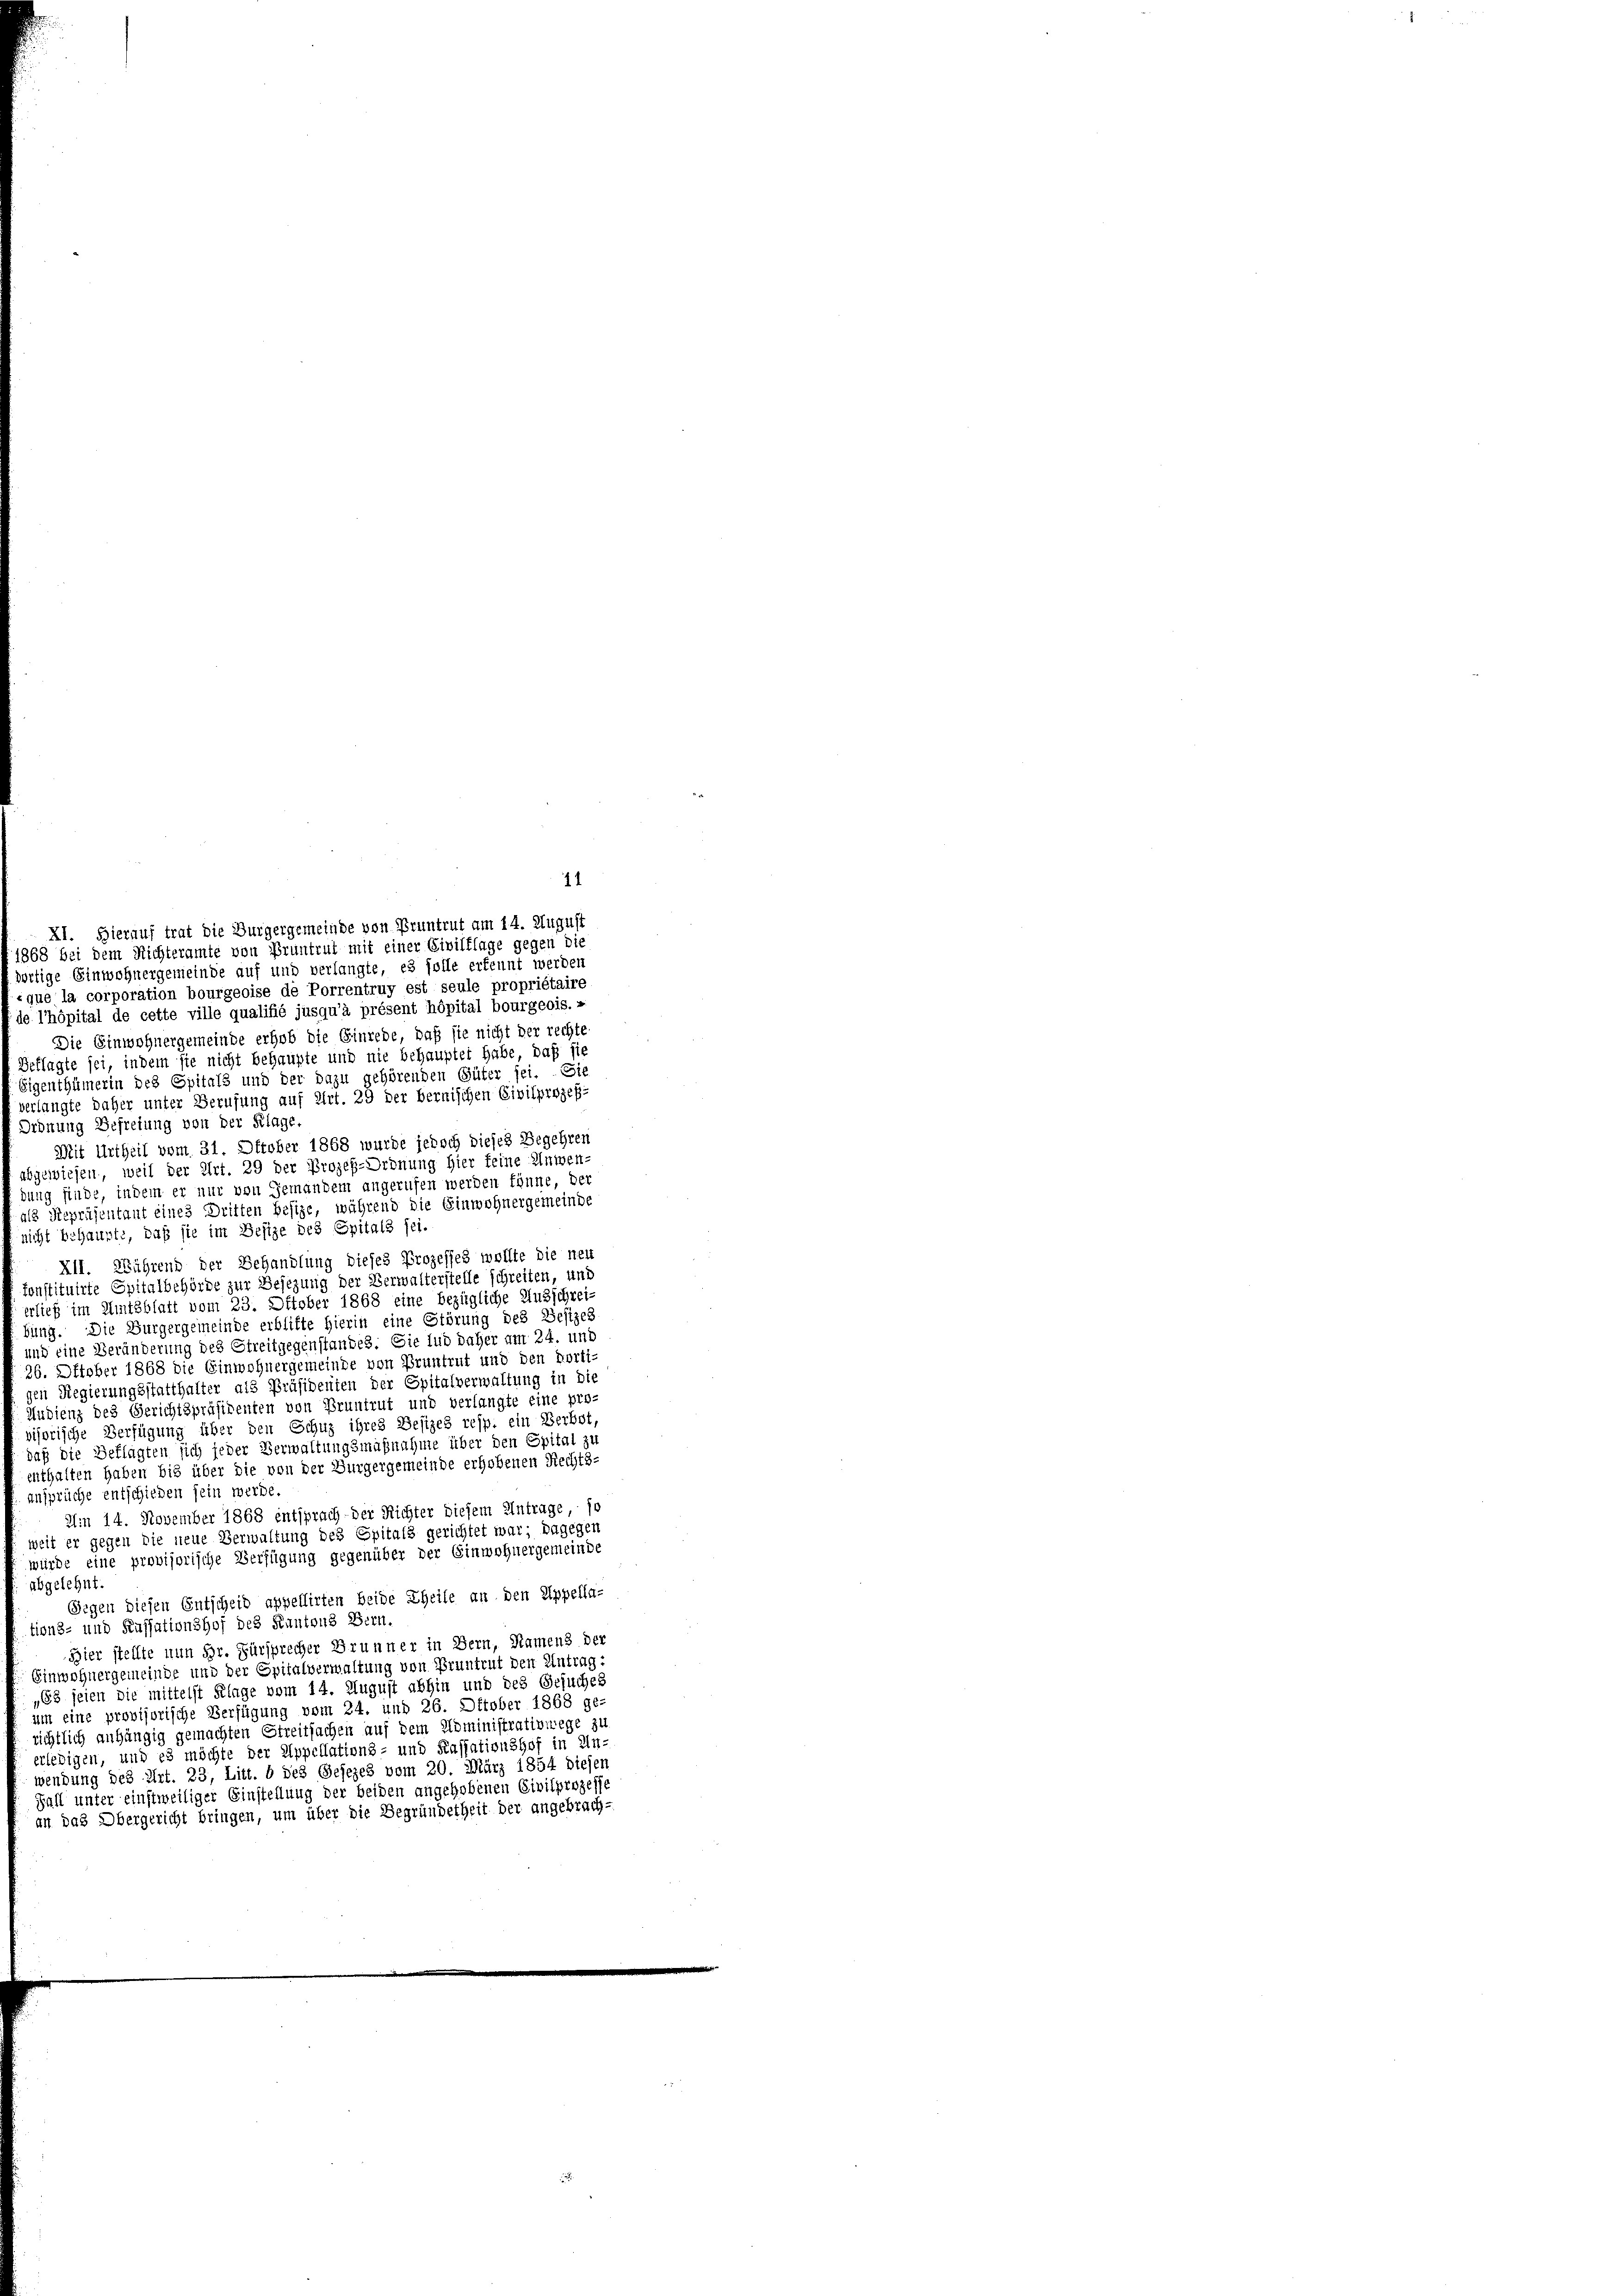
abgelehnt

XI. Hierauf trat die Burgergemeinde von Pruntrut am 14. August
868 bei dem Richteramte von Pruntrut mit einer Civilklage gegen die
ortige Einwohnergemeinde auf und verlangte, es solle erkennt werden
«que la corporation bourgeoise de Porrentruy est seule propriétaire
de l’hôpital de cette ville qualifié jusqu’à présent hôpital bourgeois.«
Die Einwohnergemeinde erhob die Einrede, daß sie nicht der rechte
Beklagte sei, indem sie nicht behaupte und nie behauptet habe, daß sie
Eigenthümerin des Spitals und der dazu gehörenden Güter sei. Sie
verlangte daher unter Berufung auf Art. 29 der bernischen Civilprozeß-
Ordnung Befreiung von der Klage
Mit Urtheil vom 31. Oktober 1868 wurde jedoch dieses Begehren
abgewiesen, weil der Art. 29 der Prozeß-Ordnung hier feine Anwen-
dung finde, indem er nur von Gemandem angerufen werden könne, der
als Repräsentant eines Dritten besize, während die Einwohnergemeinde
nicht behaupte, daß sie im Besize des Spitals sei.
XII. Während der Behandlung dieses Prozesses wollte die neu
konstituirte Spitalbehörde zur Besezung der Verwalterstelle schreiten, und
erlief im Amtsblatt vom 23. Oktober 1868 eine bezügliche Ausschrei
bung. Die Burgergemeinde erblifte Hierin eine Störung des Besizes
und eine Veränderung des Streitgegenstandes. Sie lud daher am 24. und
26. Oktober 1868 die Einwohnergemeinde von Pruntrut und den Horti-
gen Regierungsstatthalter als Präsidenten der Spitalverwaltung in die
Audienz des Gerichtspräsidenten von Bruntrut und verlangte eine pro-
visorische Verfügung über den Schuz ihres Besizes resp. ein Verbot,
daß die Beklagten sich jeder Verwaltungsmaßnahme über den Spital zu
enthalten haben bis über die von der Burgergemeinde erhobenen Rechts-
ansprüche entschieden sein werde.
Ain 14. November 1868 entsprach - der Richter diesem Antrage, so
weit er gegen die neue Verwaltung des Spitals gerichtet war; dagegen
würde eine provisorische Verfügung gegenüber der Einwohnergemeinde
Gegen diesen Entscheid appellirten beide Theile an den Appella-
tions- und Kassationshof des Kantons Bern.
Hier stellte nun Sr. Fürsprecher Brunner in Bern, Namens der
Einwohnergemeinde und der Spitalverwaltung von Pruntrut den Antrag:
„63 seien die mittelst Klage vom 14. August abhin und des Gesuches
um eine provisorische Verfügung vom 24. und 26. Oktober 1868 ge-
richtlich anhängig gemachten Streitsachen auf dem Doministrativwege zu
erledigen, und es möchte der Appellations- und Kassationshof in Un-
wendung des Art. 23, Litt. b des Gesezes vom 20. März 1854 diesen
Fall unter einstweiliger Einstellung der beiden angehobenen Civilprozess-
an das Obergericht bringen, um über die Begründetheit der angebrach-

11